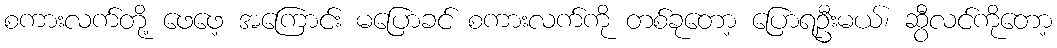
စကားလက်တို့ ဖေဖေ့ အကြောင်း မပြောခင် စကားလက်ကို တစ်ခုတော့ ပြောရဦးမယ်၊ ဆွီလင်ကိုတော့